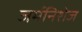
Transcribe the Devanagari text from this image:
जर्मनिशेज